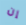
إن